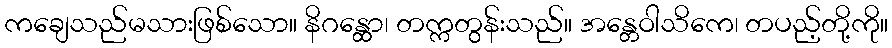
ကချေသည်မသားဖြစ်သော။ နိဂန္ထော၊ တက္ကတွန်းသည်။ အန္တေဝါသိကေ၊ တပည့်တို့ကို။